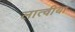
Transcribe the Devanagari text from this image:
लात्वीया